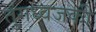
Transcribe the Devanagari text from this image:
तुंगध्वजकी